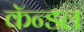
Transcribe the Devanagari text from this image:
कॅन्डल